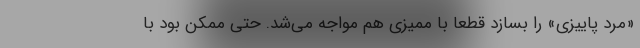
«مرد پاییزی» را بسازد قطعا با ممیزی هم مواجه می‌شد. حتی ممکن بود با